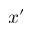
x ^ { \prime }